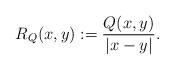
LaTeX: \begin{align*} R_Q(x,y):=\frac{Q(x,y)}{|x-y|}. \end{align*}